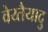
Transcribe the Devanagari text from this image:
वेय्तैयादु